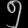
Digit: ၅